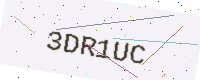
Text: 3DR1UC